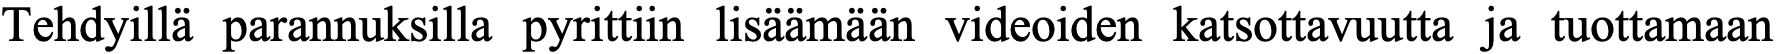
Tehdyillä parannuksilla pyrittiin lisäämään videoiden katsottavuutta ja tuottamaan